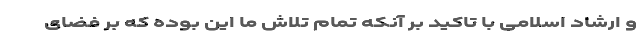
و ارشاد اسلامی با تاکید بر آنکه تمام تلاش ما این بوده که بر فضای